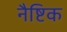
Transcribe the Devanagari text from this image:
नैष्टिक